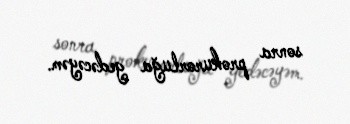
sonra prokurorluğa gedəcəyəm.